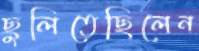
ছুলিতেছিলেন